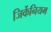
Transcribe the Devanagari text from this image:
जिर्केनियम